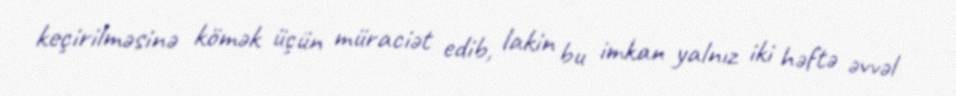
keçirilməsinə kömək üçün müraciət edib, lakin bu imkan yalnız iki həftə əvvəl